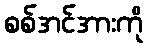
စစ်အင်အားကို